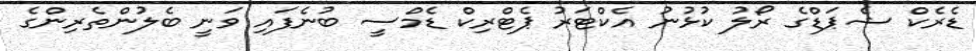
ޑެރެކް ޝެޕަޑްގެ ރޯލު ކުޅުނު އެކްޓަރު ޕެޓްރިކް ޑެމްސީ ބުނެފައި ވަނީ ބެލުންތެރިންގެ